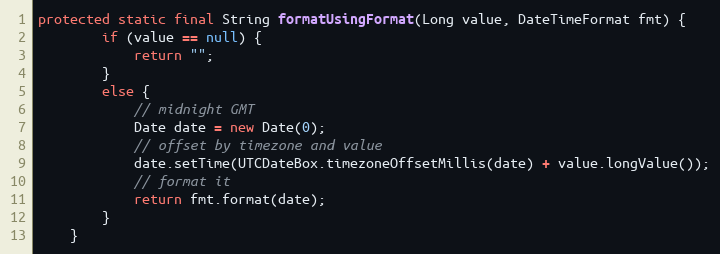
Language: Java
protected static final String formatUsingFormat(Long value, DateTimeFormat fmt) {
        if (value == null) {
            return "";
        }
        else {
            // midnight GMT
            Date date = new Date(0);
            // offset by timezone and value
            date.setTime(UTCDateBox.timezoneOffsetMillis(date) + value.longValue());
            // format it
            return fmt.format(date);
        }
    }